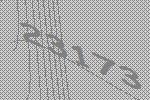
23173